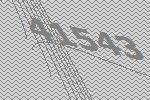
41543